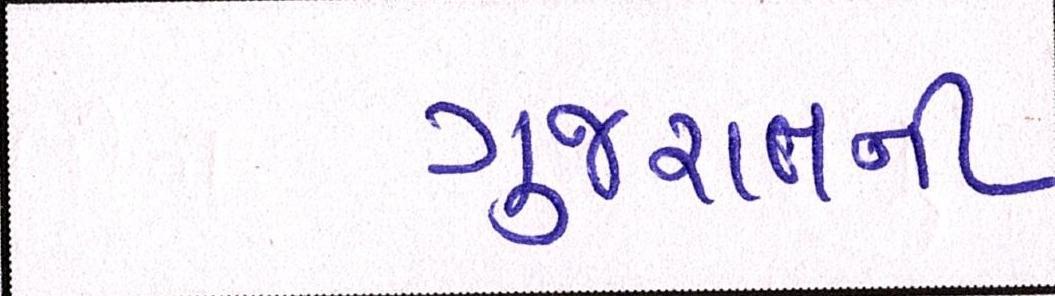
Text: ગુજરાતની